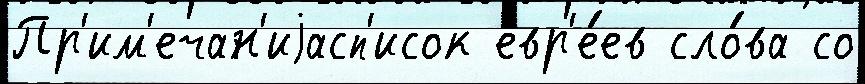
Пр'им'ечан'иjасп'исок евр'е́ев сло́ва со